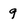
Character: 9